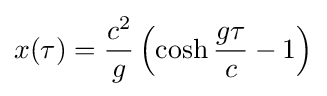
x(\tau )={\frac {c^{2}}{g}}\left(\cosh {\frac {g\tau }{c}}-1\right)